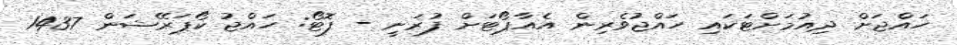
ހައްޖަށް ދިއުމަށްޓަކައި ހައްޖުވެރިން އެއާޕޯޓަށް ފުރަނީ - ފޮޓޯ: ހައްޖު ކޯޕަރޭޝަން 1437